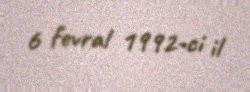
6 fevral 1992-ci il